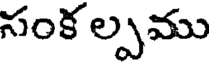
సంక ల్పము